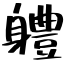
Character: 軆